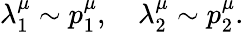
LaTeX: \lambda_{1}^{\mu}\sim p_{1}^{\mu},\quad\lambda_{2}^{\mu}\sim p_{2}^{\mu}.